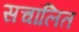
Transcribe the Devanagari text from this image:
सचांलित